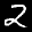
Label: 2